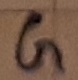
Text: G